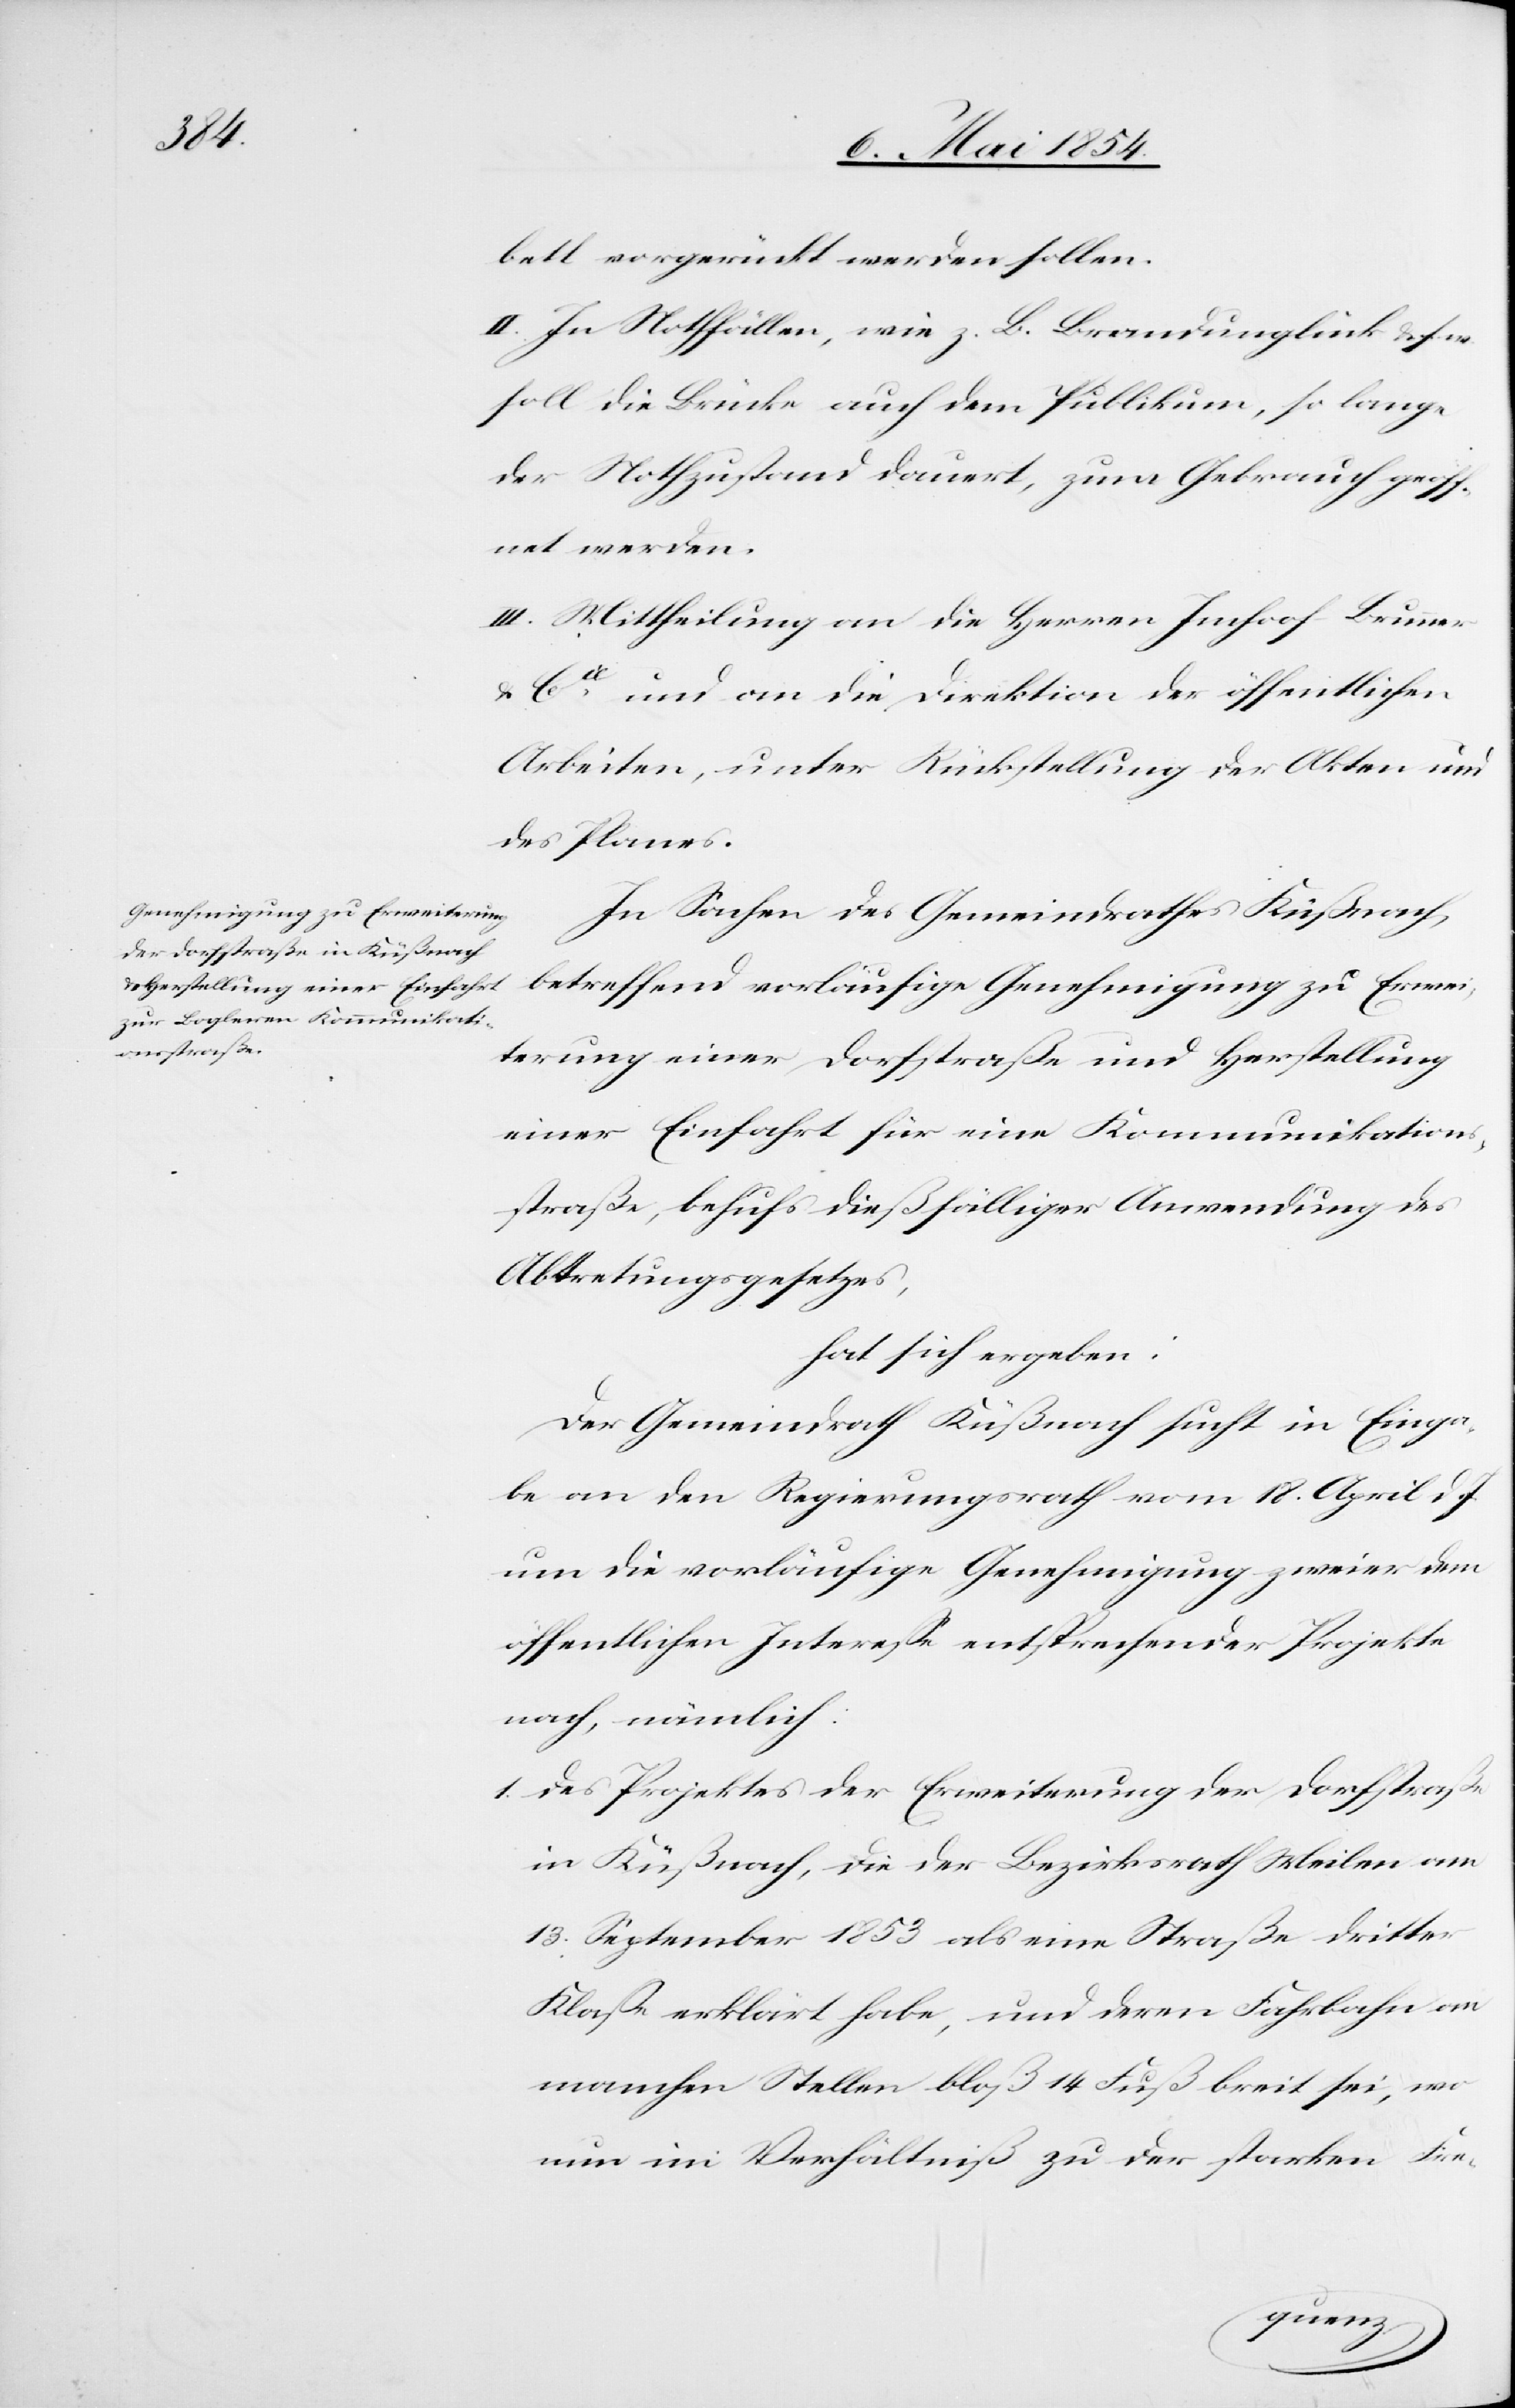
bett vorgerückt werden sollen.
II. In Notfällen, wie z. B. Brandunglück u. s. w.
soll die Brücke auch dem Publikum, so lange
der Notzustand dauert, zum Gebrauch geöff¬
net werden.
III. Mittheilung an die Herren Imhoof-Brunner
u. Cie und an die Direktion der öffentlichen
arbeiten, unter Rückstellung der Akten und
des Planes.
In Sachen des Gemeindrathes Küßnach,
betreffend vorläufige Genehmigung zu Erwei¬
terung einer Dorfstraße und Herstellung
einer Einfahrt für eine Kommunikations¬
straße, behufs dießfälliger Anwendung des
Abtretungsgesetzes,
hat sich ergeben:
Der Gemeindrath Küßnach sucht in Einga¬
be an den Regierungsrath vom 18. April d. J.
um die vorläufige Genehmigung zweier dem
öffentlichen Intereße entsprechenden Projekte
nach, nämlich:
1. des Projektes der Erweiterung der Dorfstraße
in Küßnach, die der Bezirksrath Meilen am
13. September 1853 als eine Straße dritter
Klaße erklärt habe, und deren Fahrbahn an
manchen Stellen bloß 14 Fuß breit sei, wo
nun im Verhältniß zu der starken Fre-